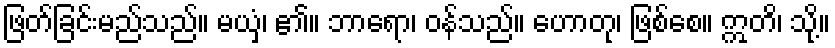
ဖြတ်ခြင်းမည်သည်။ မယှံ၊ ၏။ ဘာရော၊ ဝန်သည်။ ဟောတု၊ ဖြစ်စေ။ ဣတိ၊ သို့။